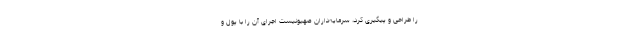
را طرّاحی و پیگیری کرد، سرمایه‌داران صهیونیست اجرای آن را با پول و